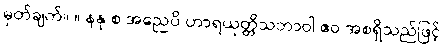
မှတ်ချက်။ ။ နနု စ အညေပိ ဟာရယုတ္တိသဘာဝါ ဧဝ အစရှိသည်ဖြင့်